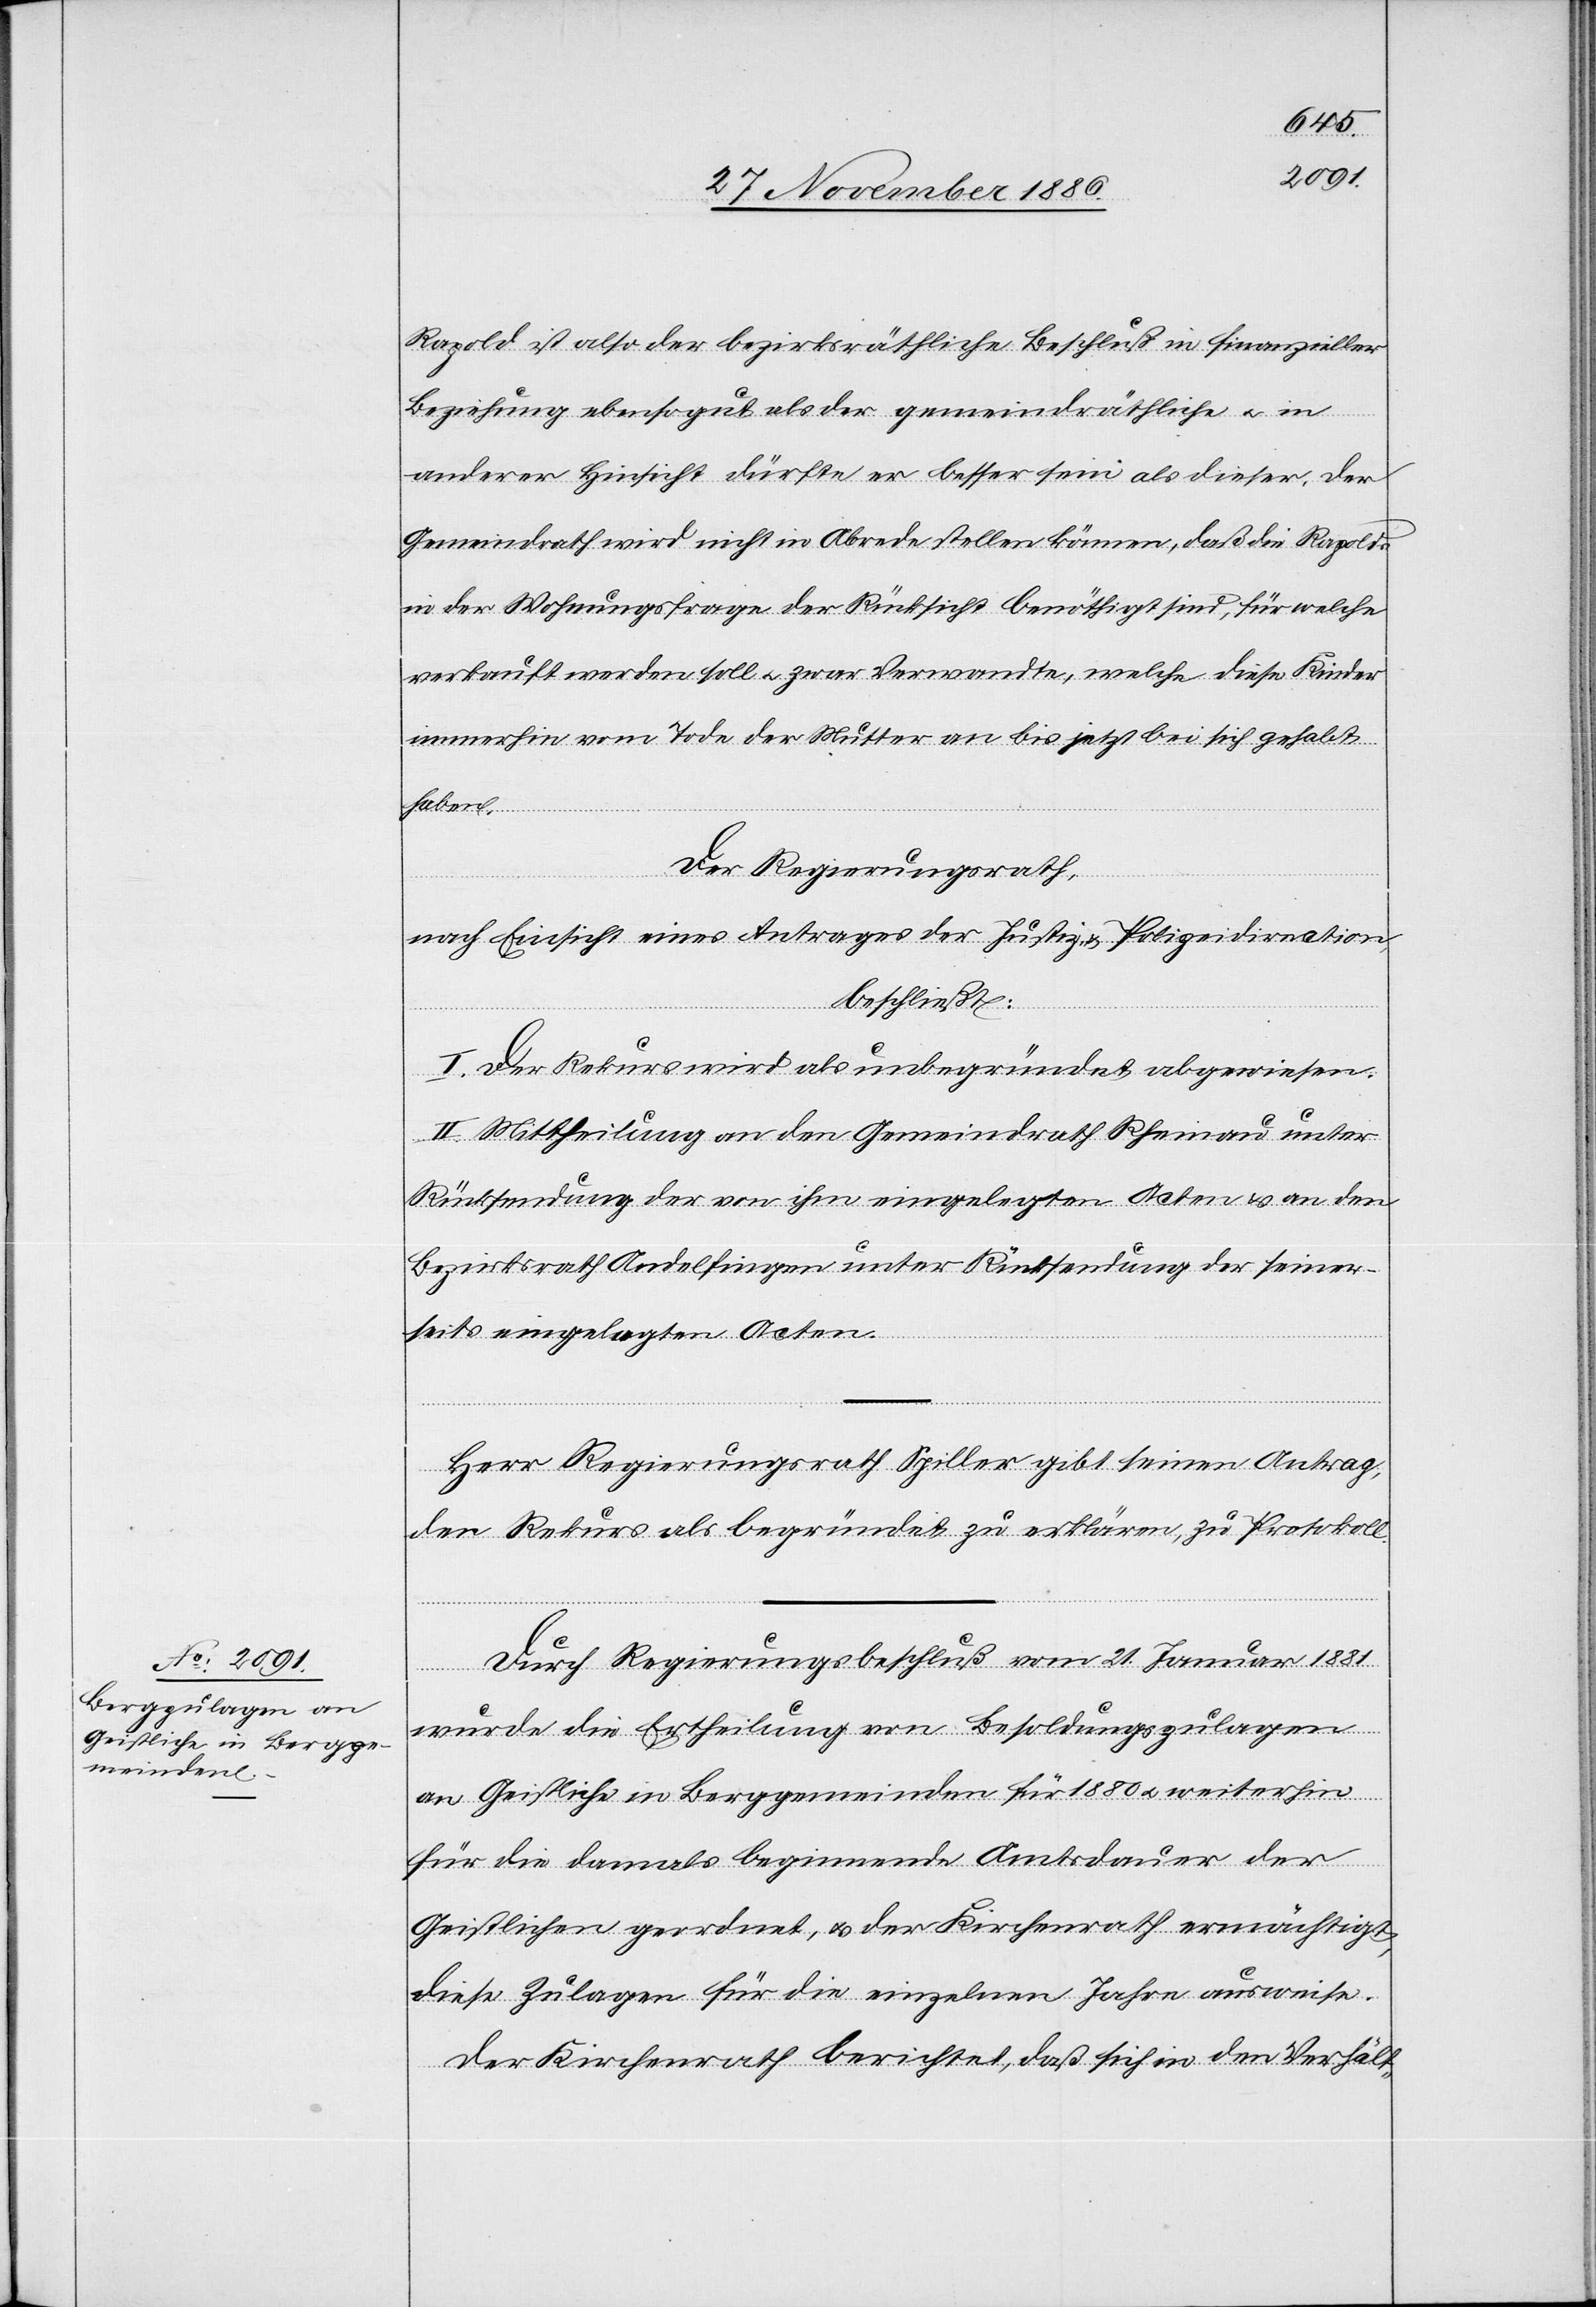
Rapold ist also der bezirksräthliche Beschluß in finanzieller
Beziehung ebensogut als der gemeindräthliche & in
anderer Hinsicht dürfte er besser sein als dieser. Der
Gemeindrath wird nicht in Abrede stellen können, daß die Rapolds
in der Wohnungsfrage der Rücksicht benöthigt sind [sic!], für welche
verkauft werden soll & zwar Verwandte, welche diese Kinder
immerhin vom Tode der Mutter an bis jetzt bei sich gehabt
haben.
Der Regierungsrath,
nach Einsicht eines Antrages der Justiz- & Polizeidirection,
beschließt:
I. Der Rekurs wird als unbegründet abgewiesen.
II. Mittheilung an den Gemeindrath Rheinau unter
Rücksendung der von ihm eingelegten Acten & an den
Bezirksrath Andelfingen unter Rücksendung der seiner¬
seits eingelegten Acten.
Herr Regierungsrath Spiller gibt seinen Antrag,
den Rekurs als begründet zu erklären, zu Protokoll.
Durch Regierungsbeschluß vom 21. Januar 1881
wurde die Ertheilung von Besoldungszulagen
an Geistliche in Berggemeinden für 1880 & weiterhin
für die damals beginnende Amtsdauer der
Geistlichen geordnet, & der Kirchenrath ermächtigt,
diese Zulagen für die einzelnen Jahre ausweise
Der Kirchenrath berichtet, daß sich in den Verhält-